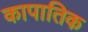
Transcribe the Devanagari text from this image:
कापातिक